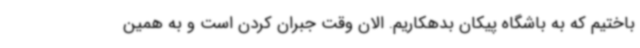
باختیم که به باشگاه پیکان بدهکاریم. الان وقت جبران کردن است و به همین